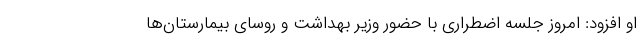
او افزود: امروز جلسه اضطراری با حضور وزیر بهداشت و روسای بیمارستان‌ها